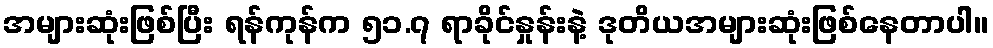
အများဆုံးဖြစ်ပြီး ရန်ကုန်က ၅၁.၇ ရာခိုင်နှုန်းနဲ့ ဒုတိယအများဆုံးဖြစ်နေတာပါ။